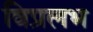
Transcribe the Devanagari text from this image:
विप्रलभ